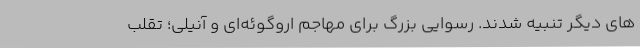
های دیگر تنبیه شدند. رسوایی بزرگ برای مهاجم اروگوئه‌ای و آنیلی؛ تقلب